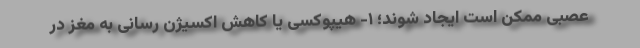
عصبی ممکن است ایجاد شوند؛ ۱- هیپوکسی یا کاهش اکسیژن رسانی به مغز در